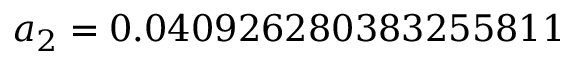
a _ { 2 } = 0 . 0 4 0 9 2 6 2 8 0 3 8 3 2 5 5 8 1 1